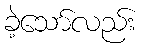
ခဲ့သော်လည်း